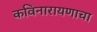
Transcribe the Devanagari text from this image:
कविनारायणाचा